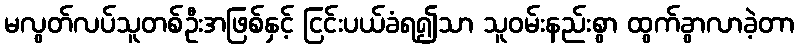
မလွတ်လပ်သူတစ်ဦးအဖြစ်နှင့် ငြင်းပယ်ခံရ၍သာ သူဝမ်းနည်းစွာ ထွက်ခွာလာခဲ့တာ